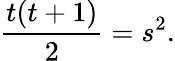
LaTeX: {\frac{t(t+1)}{2}}=s^{2}.